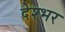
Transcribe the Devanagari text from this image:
देश्भर